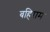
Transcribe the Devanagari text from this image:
बहिराम